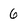
Character: 6